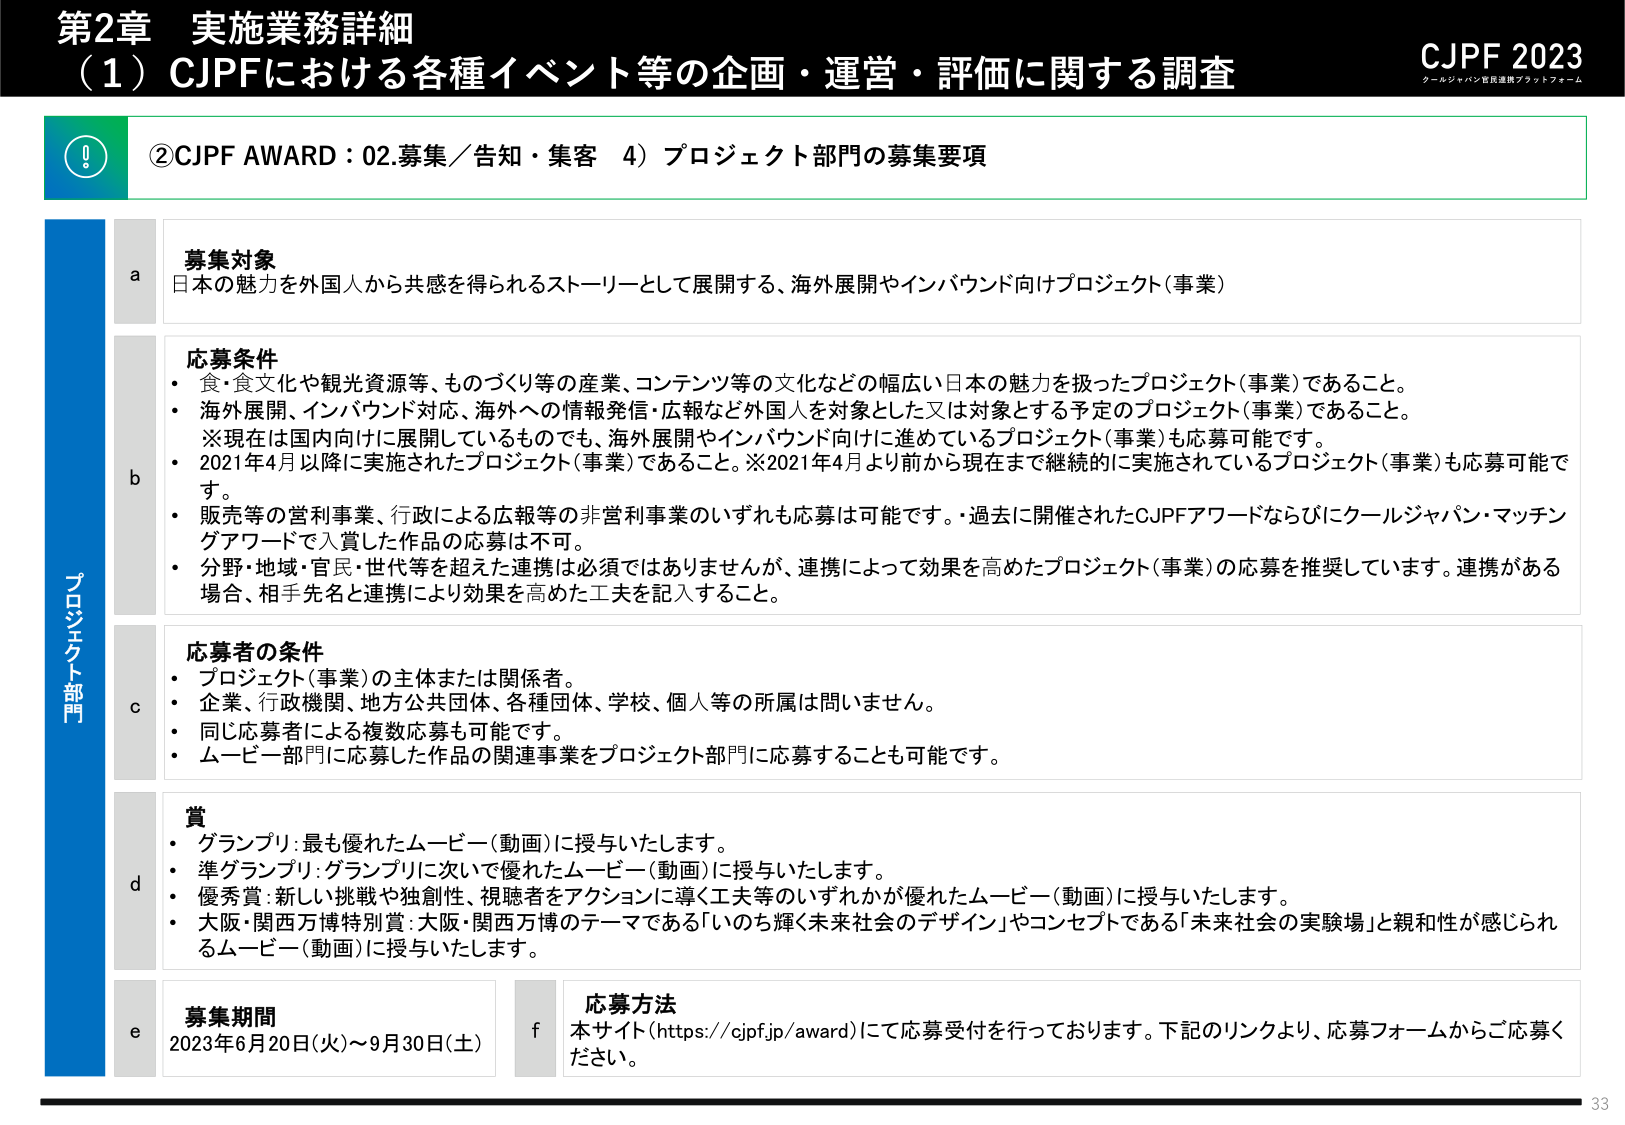
第2章 実施業務詳細
（1）CJPFにおける各種イベント等の企画・運営・評価に関する調査
CJPF 2023
クールジャパン官民連携プラットフォーム

②CJPF AWARD：02.募集／告知・集客 4）プロジェクト部門の募集要項

a 募集対象
日本の魅力を外国人から共感を得られるストーリーとして展開する、海外展開やインバウンド向けプロジェクト（事業）

b 応募条件
・食・食文化や観光資源等、ものづくり等の産業、コンテンツ等の文化などの幅広い日本の魅力を扱ったプロジェクト（事業）であること。
・海外展開、インバウンド対応、海外への情報発信・広報など外国人を対象とした又は対象とする予定のプロジェクト（事業）であること。
※現在は国内向けに展開しているものでも、海外展開やインバウンド向けに進めているプロジェクト（事業）も応募可能です。
・2021年4月以降に実施されたプロジェクト（事業）であること。※2021年4月より前から現在まで継続的に実施されているプロジェクト（事業）も応募可能です。
・販売等の営利事業、行政による広報等の非営利事業のいずれも応募は可能です。・過去に開催されたCJPFアワードならびにクールジャパン・マッチングアワードで入賞した作品の応募は不可。
・分野・地域・官民・世代等を超えた連携は必須ではありませんが、連携によって効果を高めたプロジェクト（事業）の応募を推奨しています。連携がある場合、相手先名と連携により効果を高めた工夫を記入すること。

c 応募者の条件
・プロジェクト（事業）の主体または関係者。
・企業、行政機関、地方公共団体、各種団体、学校、個人等の所属は問いません。
・同じ応募者による複数応募も可能です。
・ムービー部門に応募した作品の関連事業をプロジェクト部門に応募することも可能です。

d 賞
・グランプリ：最も優れたムービー（動画）に授与いたします。
・準グランプリ：グランプリに次いで優れたムービー（動画）に授与いたします。
・優秀賞：新しい挑戦や独創性、視聴者をアクションに導く工夫等のいずれかが優れたムービー（動画）に授与いたします。
・大阪・関西万博特別賞：大阪・関西万博のテーマである「いのち輝く未来社会のデザイン」やコンセプトである「未来社会の実験場」と親和性が感じられるムービー（動画）に授与いたします。

e 募集期間
2023年6月20日（火）～9月30日（土）

f 応募方法
本サイト（https://cjpf.jp/award）にて応募受付を行っております。下記のリンクより、応募フォームからご応募ください。

33